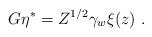
LaTeX: \begin{align*}G \eta^* = Z^{1/2} \gamma_w \xi(z)\ . \end{align*}